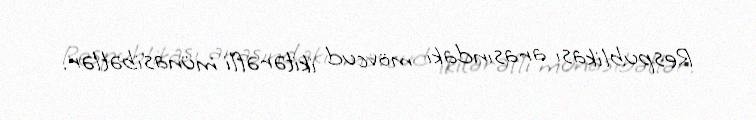
Respublikası arasındakı mövcud ikitərəfli münasibətlər.